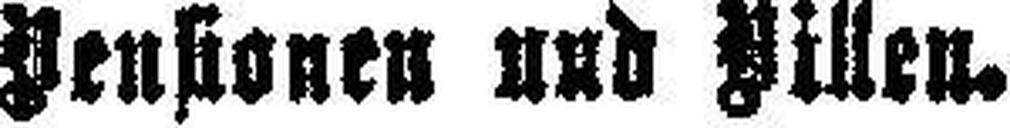
Pensionen und Pillen.